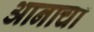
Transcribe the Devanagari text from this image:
आनाचा